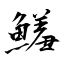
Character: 鱃